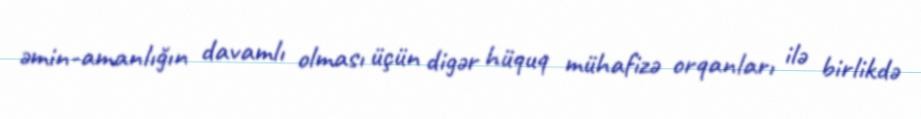
əmin-amanlığın davamlı olması üçün digər hüquq mühafizə orqanları ilə birlikdə